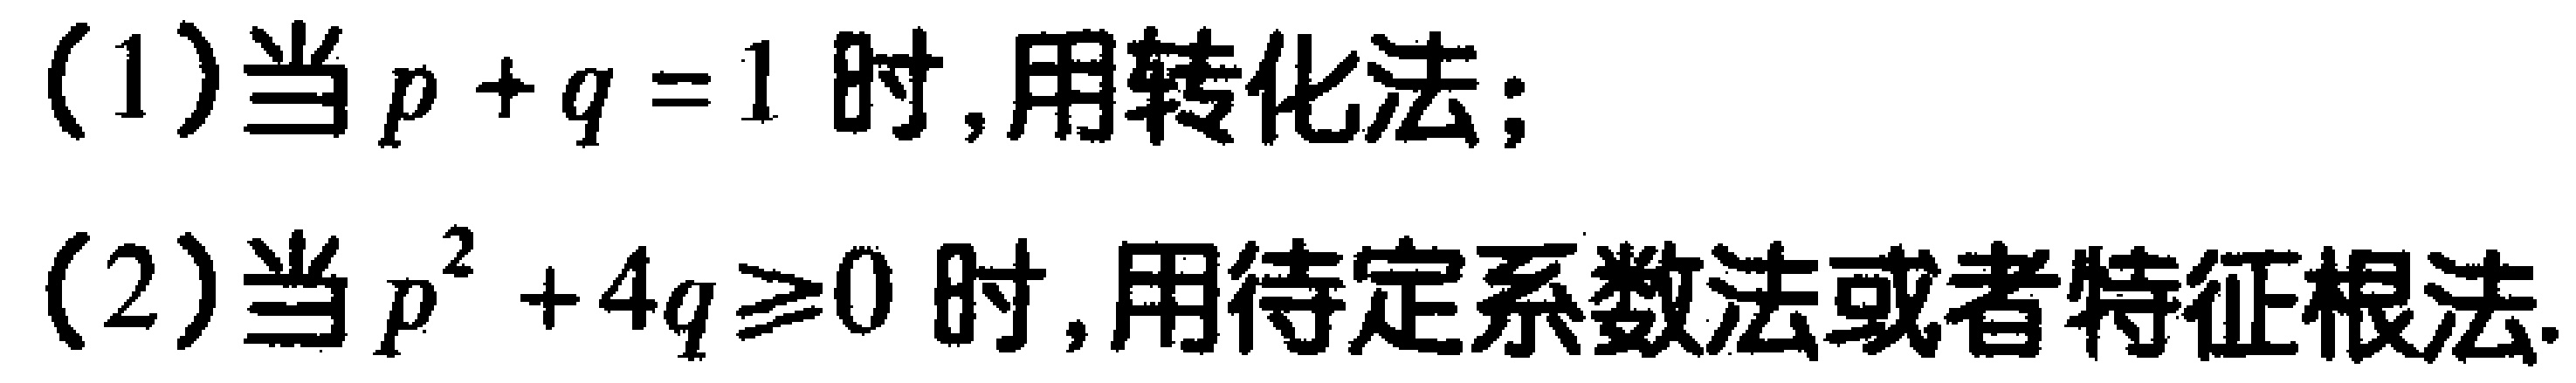
(1)当\(p + q = 1\)时,用转化法;

(2)当\(p^{2} + 4q \geq 0\)时,用待定系数法或者特征根法.